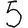
Digit: 5